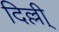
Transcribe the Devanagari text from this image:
दिल्ली्